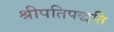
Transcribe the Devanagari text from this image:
श्रीपतिपद्धति